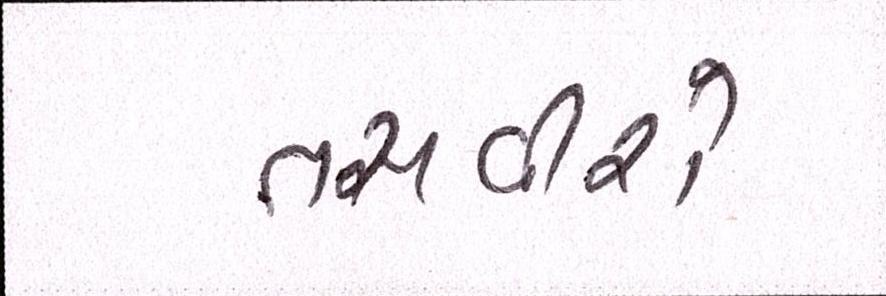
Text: તસવીરો